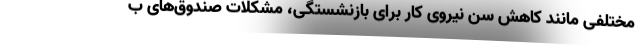
مختلفی مانند کاهش سن نیروی کار برای بازنشستگی، مشکلات صندوق‌های ب